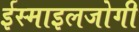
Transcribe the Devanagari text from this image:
ईस्माइलजोगी